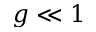
g \ll 1